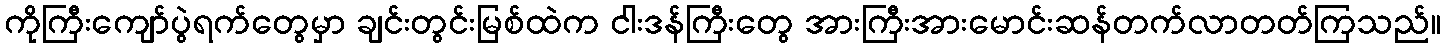
ကိုကြီးကျော်ပွဲရက်တွေမှာ ချင်းတွင်းမြစ်ထဲက ငါးဒန်ကြီးတွေ အားကြီးအားမောင်းဆန်တက်လာတတ်ကြသည်။